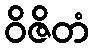
ဝိဇိတံ